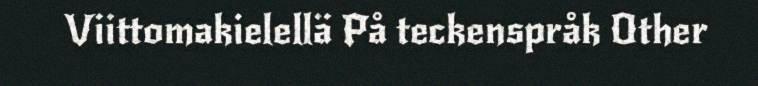
Viittomakielellä På teckenspråk Other